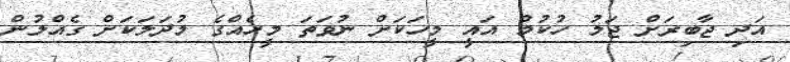
އަދި ޖާބިރަށް ޖަލު ހުކުމް އައީ މީހަކަށް ނުވަތަ މީހެއްގެ މުދަލަކަށް ގެއްލުން